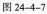
图 24-4-7